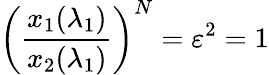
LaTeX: \left(\frac{x_{1}(\lambda_{1})}{x_{2}(\lambda_{1})}\right)^{N}=\varepsilon^{2}=1